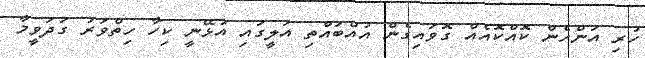
ހުރި އަންހެން ކޮއްކޮއެއް ގޮވައިގެން އުއްބައްތި އަލީގައި އުޅޭނީ ކިހާ ހިތްވަރު ގަދަވީމާ